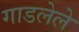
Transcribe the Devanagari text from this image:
गाडलेले